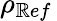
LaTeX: \rho_{\mathbb{R}ef}\,